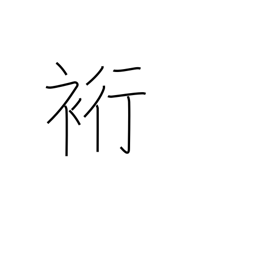
Meaning: sleeve length